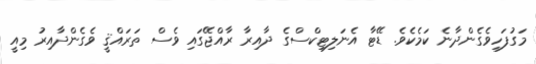
މަގުފަހިވެގެންދާނެ ކަމެކެވެ. ޑޭޓާ އެނަލިޓިކްސްގެ ދާއިރާ ރާއްޖޭގައި ވެސް ތަރައްޤީ ވެގެންދާއިރު މިއީ